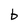
Character: b